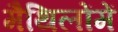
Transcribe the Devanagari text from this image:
मैथिलोंमें